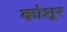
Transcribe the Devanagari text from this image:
कोशूर